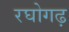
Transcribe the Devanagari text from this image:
रघोगढ़